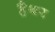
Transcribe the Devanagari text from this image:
हैथर